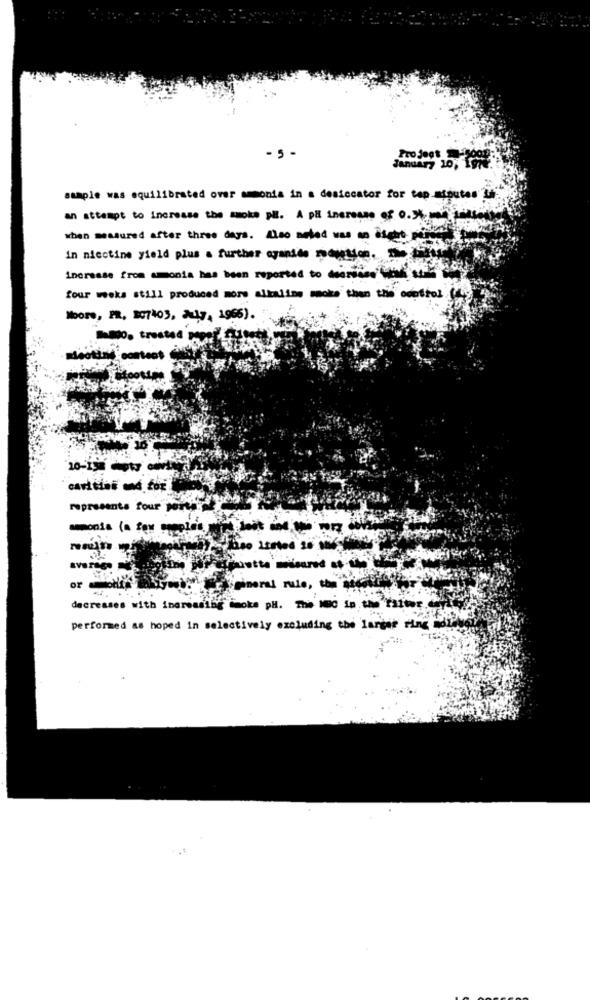
Pro Ject To
-5 -
January 10; 197
sample was equilibrated over amonia in a desiccator for tap minutes" L'
an attempt to Increase the smoke pE. A pa increase of 0 .* %.mise
when measured after three days. Also noted was on aseht perece
in nicotine yield plus a further cyanide nowyen.
increase from amonia has been reported to deeriass' what tti
four weeks still produced more alkaline smoke than the control (
Mboro, PR, 307403, July, 1966).
a0. treated per
Mectinif content
cavities mnd for
represents four porta.
ammonia (a few samples.
decreases with increasing imoke pl. The MOC in the ta
performed as hoped in selectively excluding the largar ring mol